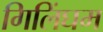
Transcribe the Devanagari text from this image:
गिलिंघम